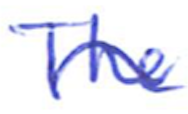
Text: The
Cross-out: wave
Writing tool: ballpoint